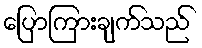
ပြောကြားချက်သည်